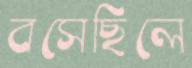
বসেছিলে